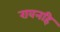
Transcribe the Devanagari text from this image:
रावनहि